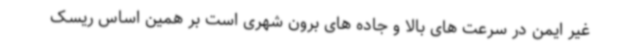
غیر ایمن در سرعت های بالا و جاده های برون شهری است بر همین اساس ریسک